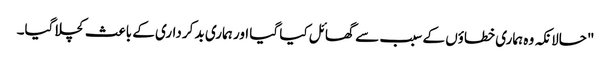
"حالانکہ وہ ہماری خطاؤں کے سبب سے گھائل کیا گیا اور ہماری بد کرداری کے باعث کچلا گیا۔